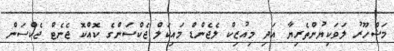
މަޝްހޫރު ލަވަކިޔުންތެރިޔާ އަދި މިއުޒިކް ލެޖެންޑް މައިކަލް ޖެކްސަންގެ ކޮއްކޮ ޖެނެޓް ޖެކްސަން